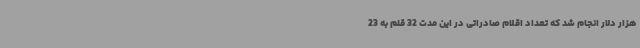
هزار دلار انجام شد که تعداد اقلام صادراتی در این مدت 32 قلم به 23